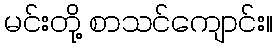
မင်းတို့ စာသင်ကျောင်း။